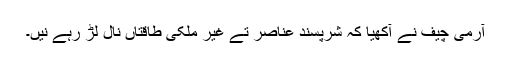
آرمی چیف نے آکھیا کہ شرپسند عناصر تے غیر ملکی طاقتاں نال لڑ رہے نیں۔